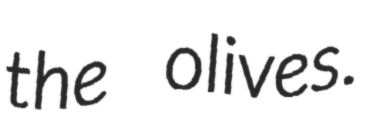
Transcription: the olives.